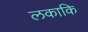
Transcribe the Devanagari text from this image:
लकाकि